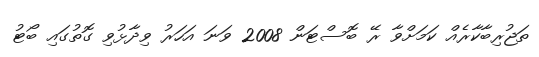
ތަޖުރިބާކާރެއް ކަމަށްވާ ރޭ ބޮސްޓަން 2008 ވަނަ އަހަރު ވިދާޅުވި ގޮތުގައި ބޯޓު